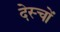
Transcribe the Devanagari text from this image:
देस्चों